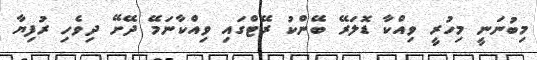
މިބުނަނީ މިހުރީ ވިއްކާ ޑޮލަރޭ ބޭންކު ރޭޓްގައި ވިއްކާނަމޭ ދޭށޭ ދިވެހި ރުފިޔާ